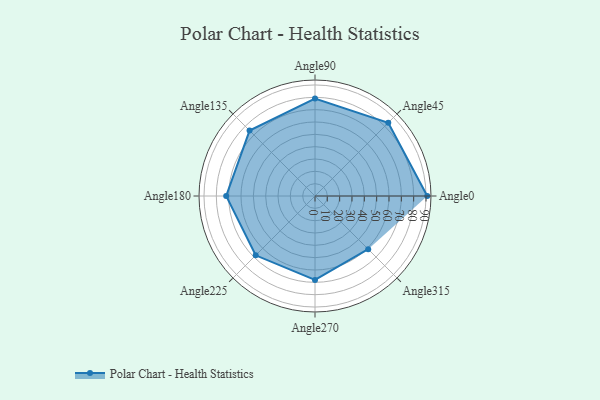
{"axis": {"x": "Angle", "y": "Radius"}, "legend": [""], "data": [{"x": "Angle0", "y": 91.0, "type": ""}, {"x": "Angle45", "y": 84.0, "type": ""}, {"x": "Angle90", "y": 79.0, "type": ""}, {"x": "Angle135", "y": 75.0, "type": ""}, {"x": "Angle180", "y": 72.0, "type": ""}, {"x": "Angle225", "y": 68.0, "type": ""}, {"x": "Angle270", "y": 68.0, "type": ""}, {"x": "Angle315", "y": 61.0, "type": ""}]}